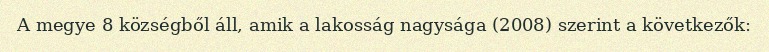
A megye 8 községből áll, amik a lakosság nagysága (2008) szerint a következők: